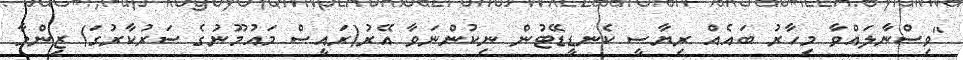
"ވިސްނާލައްވާ މިހާރު ބައެއް ރިޔާސީ ކެނޑީޑޭޓުން ނިކުންނަވާ އޭރު(ރައީސް މައުމޫނުގެ ސަރުކާރުގަ) ޒިންމާ